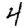
Digit: 4